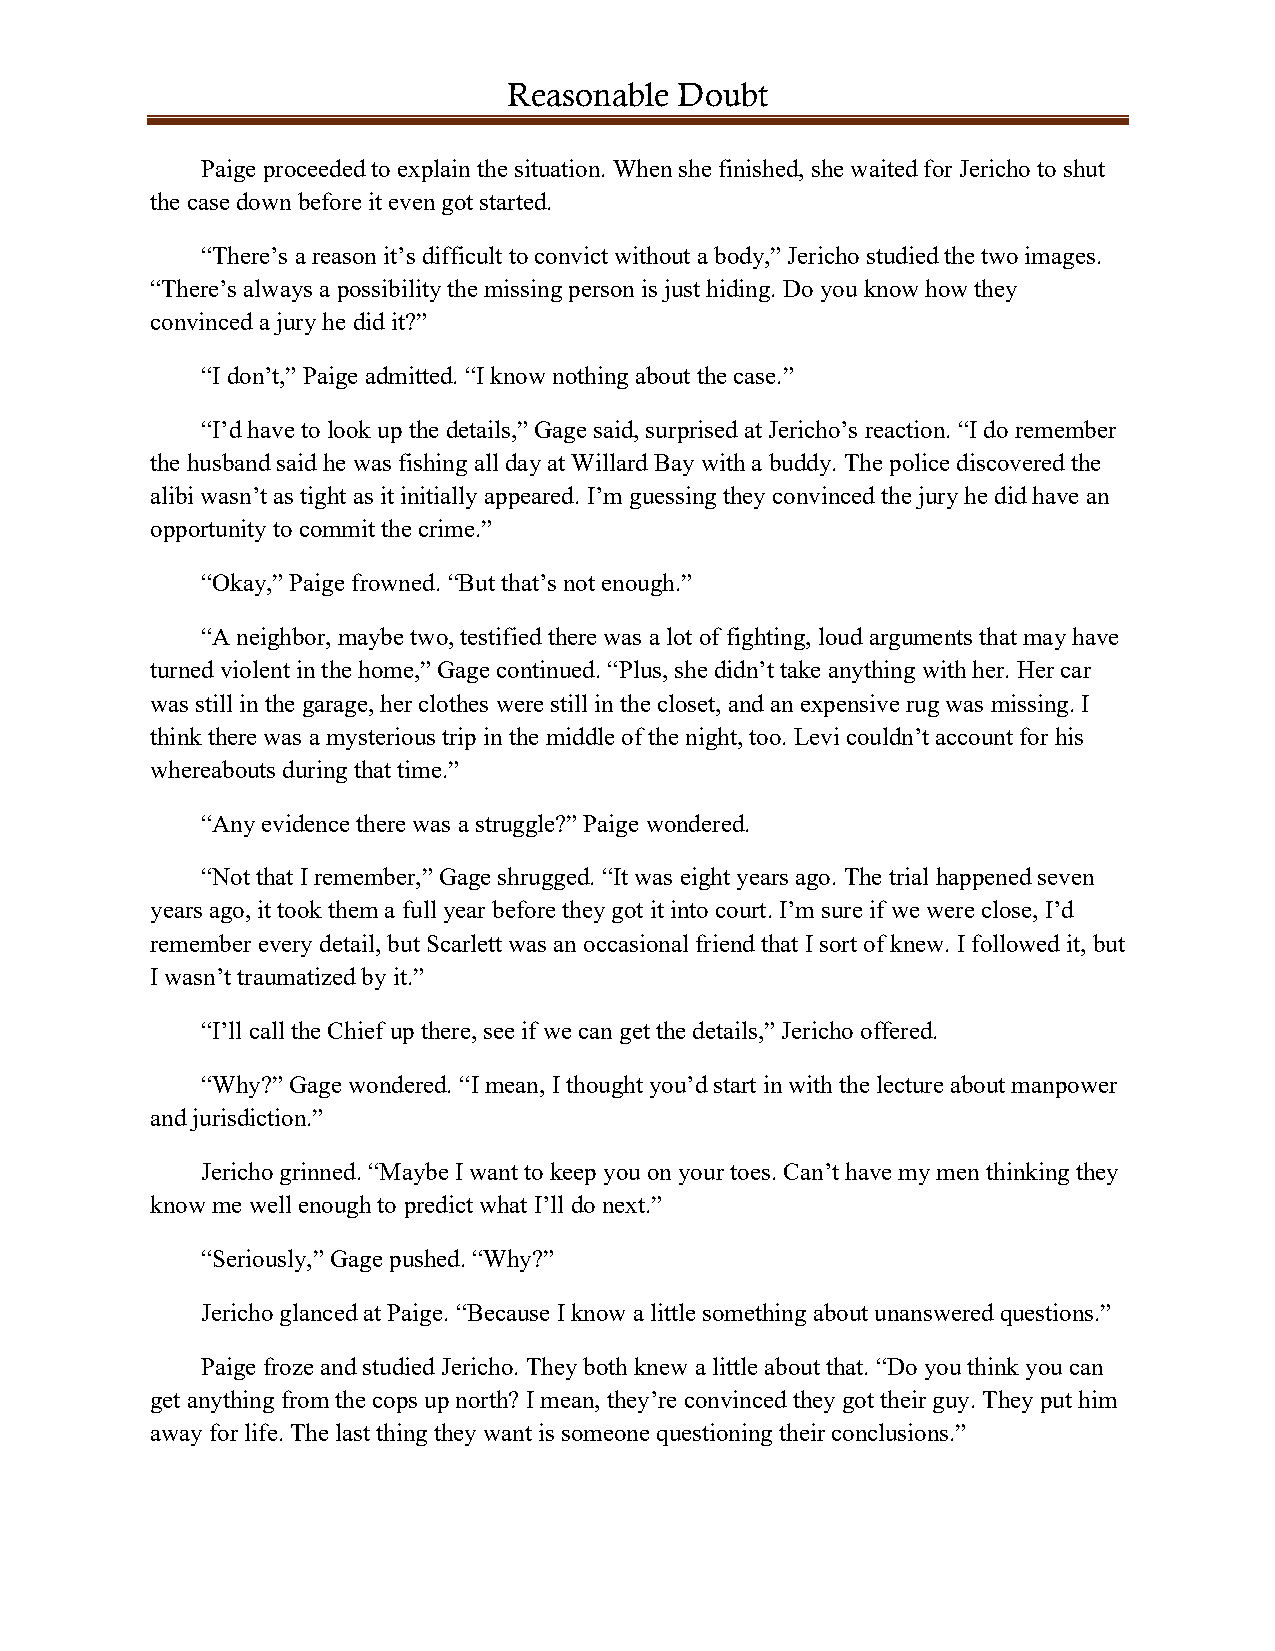
Reasonable Doubt
 Paige proceeded to explain the situation. When she finished, she waited for Jericho to shut
 the case down before it even got started.
 “There’s a reason it’s difficult to convict without a body,” Jericho studied the two images.
 “There’s always a possibility the missing person is just hiding. Do you know how they
 convinced a jury he did it?”
 “I don’t,” Paige admitted. “I know nothing about the case.”
 “I’d have to look up the details,” Gage said, surprised at Jericho’s reaction. “I do remember
 the husband said he was fishing all day at Willard Bay with a buddy. The police discovered the
 alibi wasn’t as tight as it initially appeared. I’m guessing they convinced the jury he did have an
 opportunity to commit the crime.”
 “Okay,” Paige frowned. “But that’s not enough.”
 “A neighbor, maybe two, testified there was a lot of fighting, loud arguments that may have
 turned violent in the home,” Gage continued. “Plus, she didn’t take anything with her. Her car
 was still in the garage, her clothes were still in the closet, and an expensive rug was missing. I
 think there was a mysterious trip in the middle of the night, too. Levi couldn’t account for his
 whereabouts during that time.”
 “Any evidence there was a struggle?” Paige wondered.
 “Not that I remember,” Gage shrugged. “It was eight years ago. The trial happened seven
 years ago, it took them a full year before they got it into court. I’m sure if we were close, I’d
 remember every detail, but Scarlett was an occasional friend that I sort of knew. I followed it, but
 I wasn’t traumatized by it.”
 “I’ll call the Chief up there, see if we can get the details,” Jericho offered.
 “Why?” Gage wondered. “I mean, I thought you’d start in with the lecture about manpower
 and jurisdiction.”
 Jericho grinned. “Maybe I want to keep you on your toes. Can’t have my men thinking they
 know me well enough to predict what I’ll do next.”
 “Seriously,” Gage pushed. “Why?”
 Jericho glanced at Paige. “Because I know a little something about unanswered questions.”
 Paige froze and studied Jericho. They both knew a little about that. “Do you think you can
 get anything from the cops up north? I mean, they’re convinced they got their guy. They put him
 away for life. The last thing they want is someone questioning their conclusions.”